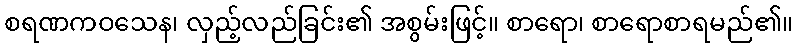
စရဏကဝသေန၊ လှည့်လည်ခြင်း၏ အစွမ်းဖြင့်။ စာရော၊ စာရောစာရမည်၏။